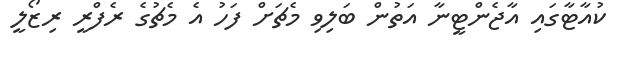
ކުއާޓާގައި އާޖެންޓީނާ އަތުން ބަލިވި މެޗަށް ފަހު އެ މެޗުގެ ރެފްރީ ރިޒޯލީ